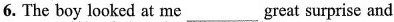
6.The boy looked at me___great surprise